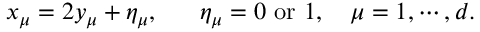
x _ { \mu } = 2 y _ { \mu } + \eta _ { \mu } , ~ ~ ~ ~ ~ \eta _ { \mu } = 0 ~ \mathrm { o r } ~ 1 , ~ ~ ~ \mu = 1 , \cdots , d . \nonumber